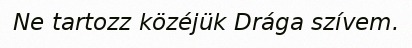
Ne tartozz közéjük Drága szívem.